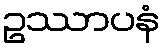
ဥဿာပနံ